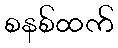
စနစ်ထက်